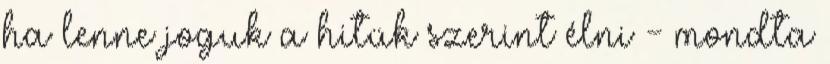
ha lenne joguk a hitük szerint élni - mondta